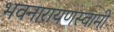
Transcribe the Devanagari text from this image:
भवनारायणस्‍वामी